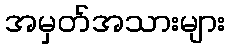
အမှတ်အသားများ